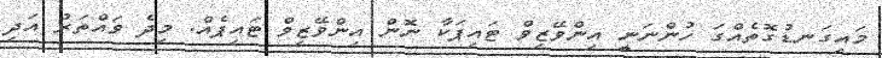
މައިގަނޑުގޮތެއްގަ ހުންނަނީ އިންވޭޒިވް ޓައިޕަކާ ނޮން އިންވޭޒިވް ޓައިޕެއް. މިދެ ވައްތަރު އަދި